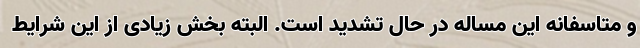
و متاسفانه این مساله در حال تشدید است. البته بخش زیادی از این شرایط